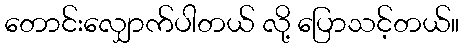
တောင်းလျှောက်ပါတယ် လို့ ပြောသင့်တယ်။